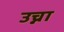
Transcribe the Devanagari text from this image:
उच्ना